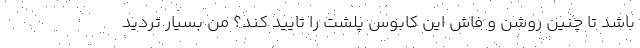
باشد تا چنین روشن و فاش این کابوس پلشت را تایید کند؟ من بسیار تردید